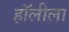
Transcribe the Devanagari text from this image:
हॉलीला